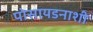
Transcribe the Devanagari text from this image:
पोसायडनाशी